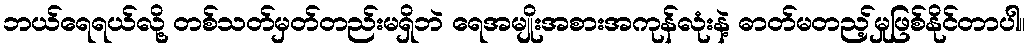
ဘယ်ရေရယ်လို့ တစ်သတ်မှတ်တည်းမရှိဘဲ ရေအမျိုးအစားအကုန်လုံးနဲ့ ဓာတ်မတည့်မှုဖြစ်နိုင်တာပါ။